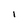
Character: I